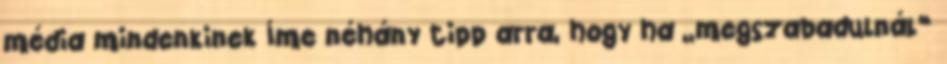
média mindenkinek Íme néhány tipp arra, hogy ha „megszabadulnál”